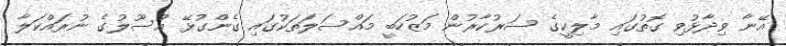
އޭނާ ވިދާޅުވި ގޮތުގައި މާލިކީގެ ސަރުކާރުން މަޒުހަބީ މައްސަލަތަކުގައި ގެންގުޅޭ އުސޫލުގެ ނުރައްކަލާ